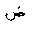
Letter: _dad